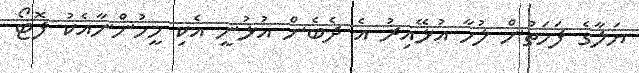
ޔަލާގެ ފަހަތުން ލުހާ އުޅޭއިރު އެ ދެބެން އުޅުނީ އެކި މީހުންނާއެކު ފޮޓޯ